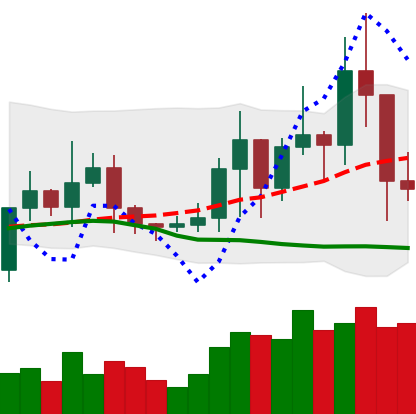
Ticker: TRX-USD
Chart end date: 2021-01-12
Forward return: 5.543%
Label: up_5_7